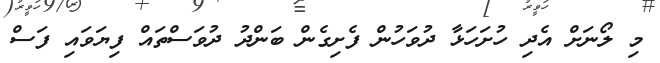
މި ލޯނަށް އެދި ހުށަހަޅާ ދުވަހުން ފެށިގެން ބަންދު ދުވަސްތައް ފިޔަވައި ފަސް